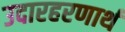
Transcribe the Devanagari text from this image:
उदारहरणार्थ